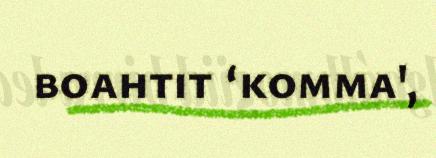
boahtit ‘komma',